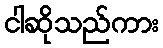
ငါဆိုသည်ကား